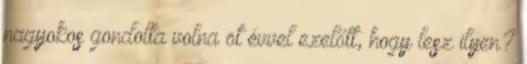
nagyokos gondolta volna öt évvel ezelőtt, hogy lesz ilyen?